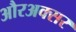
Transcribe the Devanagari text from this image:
औरअक्सर